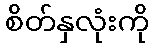
စိတ်နှလုံးကို